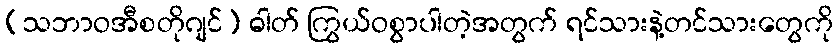
(သဘာဝအီစတိုဂျင်) ဓါတ် ကြွယ်ဝစွာပါတဲ့အတွက် ရင်သားနဲ့တင်သားတွေကို